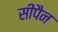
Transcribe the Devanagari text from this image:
सीपैन